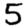
Digit: 5